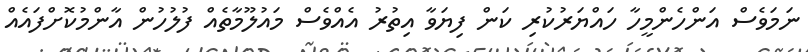
ނަމަވެސް އަންހެންމީހާ ހައްޔަރުކުރި ކަން ފިޔަވާ އިތުރު އެއްވެސް މައުލޫމާތެއް ފުލުހުން އާންމުކޮށްފައެއް